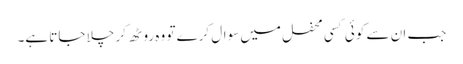
جب ان سے کوئی کسی محفل میں سوال کرے تو وہ روٹھ کر چلا جاتا ہے۔